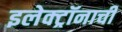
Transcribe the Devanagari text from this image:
इलेक्ट्रॉनाची